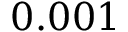
0 . 0 0 1